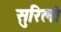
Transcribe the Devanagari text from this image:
सुरिलो